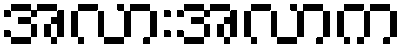
အလားအလာက